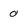
Character: 0